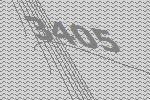
3405